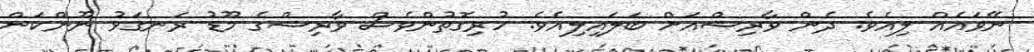
ނޭވައެއް ލިއެވެ. ދެން ވާރިޝްއަށް ބަލައިލިއެވެ. ހުރިގޮތުންވެސް ވާރިޝްގެ މޫޑު ރަނގަޅު ނޫންކަން